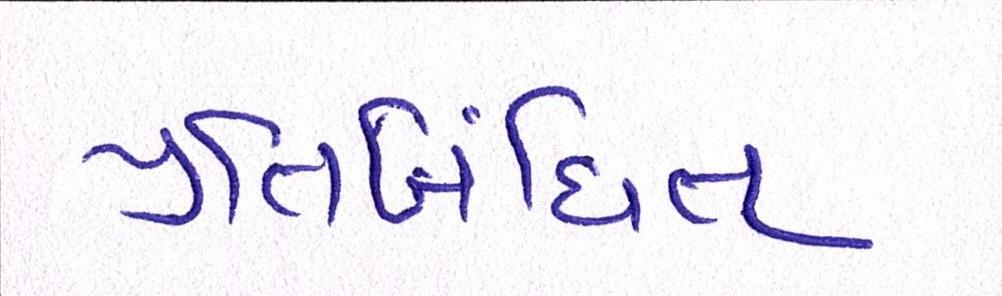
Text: પ્રતિબંધિત